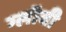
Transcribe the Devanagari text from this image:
ग्लॉबी